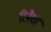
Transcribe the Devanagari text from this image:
रिनैशां